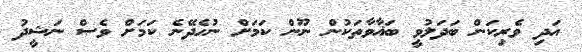
އަދި ވެރިކަން ބަދަލުވީ ބަޣާވާތަކުން ނޫން ކަމަށް ނުހެދޭނެ ކަމަށް ވެސް ނަޝީދު